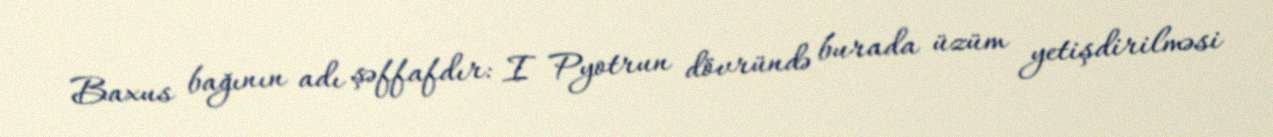
Baxus bağının adı şəffafdır: I Pyotrun dövründə burada üzüm yetişdirilməsi